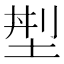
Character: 𡌁